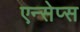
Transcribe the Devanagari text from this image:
एन्सेप्स